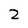
Character: 2